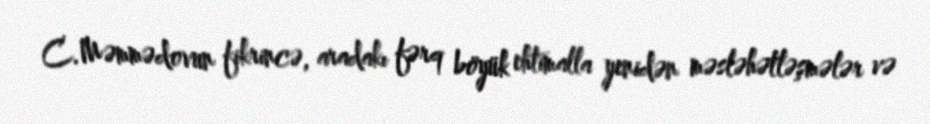
C.Məmmədovun fikrincə, aradakı fərq böyük ehtimalla yenidən məsləhətləşmələr və